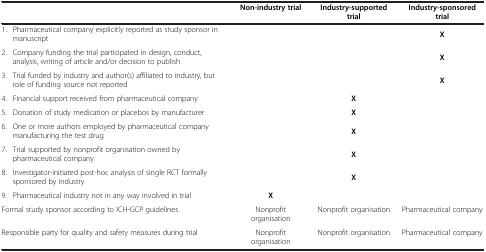
<table><thead><tr><td colspan="2"><b> </b></td><td><b>Non-industry trial</b></td><td><b>Industry-supported trial</b></td><td><b>Industry-sponsored trial</b></td></tr></thead><tbody><tr><td>1.</td><td>Pharmaceutical company explicitly reported as study sponsor in manuscript</td><td> </td><td> </td><td><b>X</b></td></tr><tr><td>2.</td><td>Company funding the trial participated in design, conduct, analysis, writing of article and/or decision to publish</td><td> </td><td> </td><td><b>X</b></td></tr><tr><td>3.</td><td>Trial funded by industry and author(s) affiliated to industry, but role of funding source not reported</td><td> </td><td> </td><td><b>X</b></td></tr><tr><td>4.</td><td>Financial support received from pharmaceutical company</td><td> </td><td><b>X</b></td><td> </td></tr><tr><td>5.</td><td>Donation of study medication or placebos by manufacturer</td><td> </td><td><b>X</b></td><td> </td></tr><tr><td>6.</td><td>One or more authors employed by pharmaceutical company manufacturing the test drug</td><td> </td><td><b>X</b></td><td> </td></tr><tr><td>7.</td><td>Trial supported by nonprofit organisation owned by pharmaceutical company</td><td> </td><td><b>X</b></td><td> </td></tr><tr><td>8.</td><td>Investigator-initiated post-hoc analysis of single RCT formally sponsored by industry</td><td> </td><td><b>X</b></td><td> </td></tr><tr><td>9.</td><td>Pharmaceutical industry not in any way involved in trial</td><td><b>X</b></td><td> </td><td> </td></tr><tr><td colspan="2">Formal study sponsor according to ICH-GCP guidelines</td><td>Nonprofit organisation</td><td>Nonprofit organisation</td><td>Pharmaceutical company</td></tr><tr><td colspan="2">Responsible party for quality and safety measures during trial</td><td>Nonprofit organisation</td><td>Nonprofit organisation</td><td>Pharmaceutical company</td></tr></tbody></table>